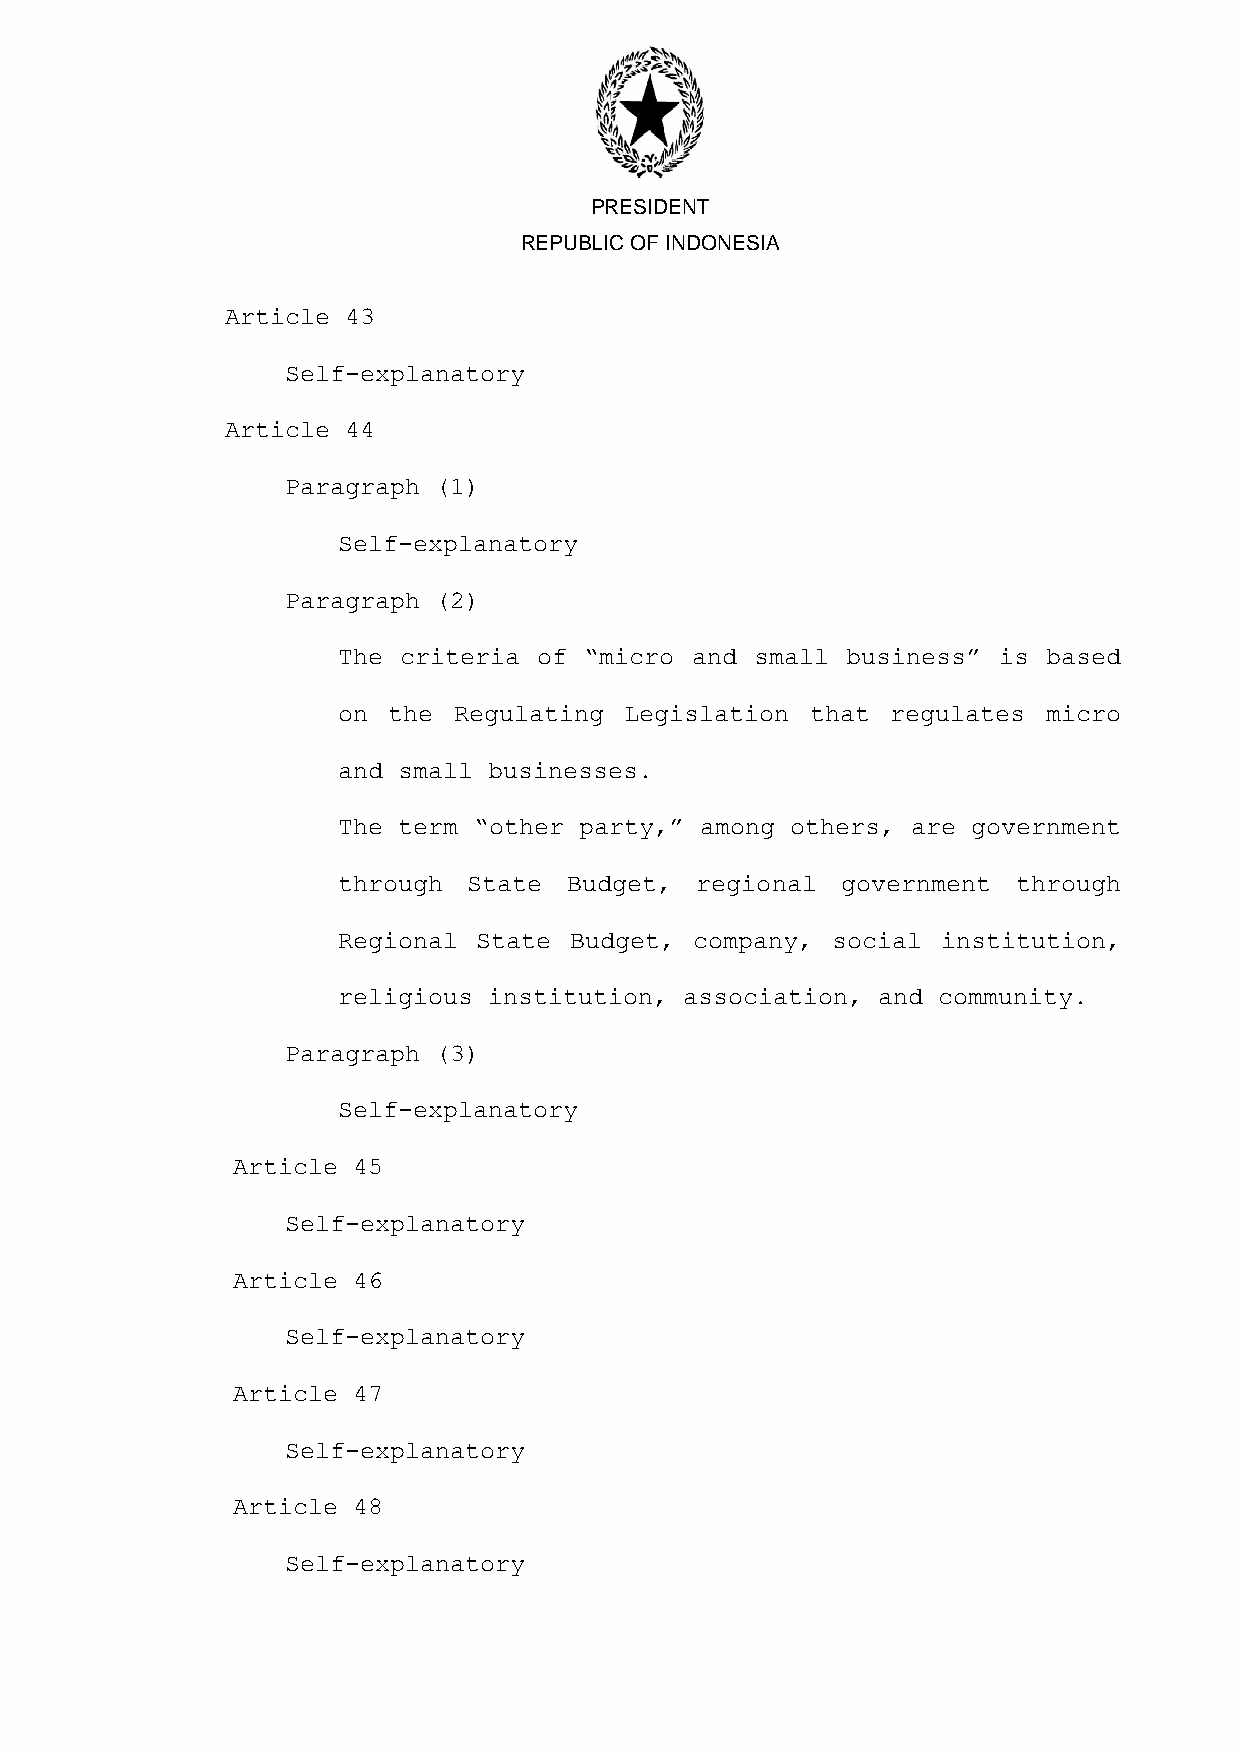
PRESIDENT
 REPUBLIC OF INDONESIA
 Article 43
 Self-explanatory
 Article 44
 Paragraph (1)
 Self-explanatory
 Paragraph (2)
 The criteria  of “micro and small business” is based
 on  the Regulating Legislation  that regulates micro
 and small businesses.
 The term “other party,” among others, are government
 through  State  Budget, regional  government through
 Regional  State Budget, company, social institution,
 religious institution, association, and community.
 Paragraph (3)
 Self-explanatory
 Article 45
 Self-explanatory
 Article 46
 Self-explanatory
 Article 47
 Self-explanatory
 Article 48
 Self-explanatory